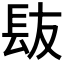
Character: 𮣹